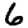
Digit: 6